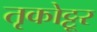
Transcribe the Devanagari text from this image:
तृकोट्टूर